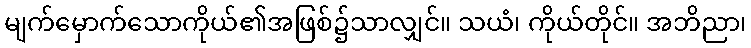
မျက်မှောက်သောကိုယ်၏အဖြစ်၌သာလျှင်။ သယံ၊ ကိုယ်တိုင်။ အဘိညာ၊